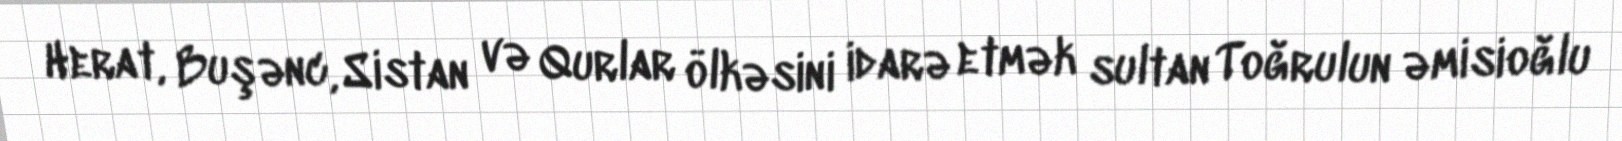
Herat, Buşənc, Sistan və Qurlar ölkəsini idarə etmək sultan Toğrulun əmisioğlu